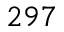
2 9 7